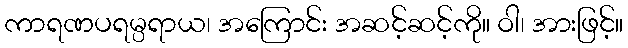
ကာရဏပရမ္ပရာယ၊ အကြောင်း အဆင့်ဆင့်ကို။ ဝါ၊ အားဖြင့်။